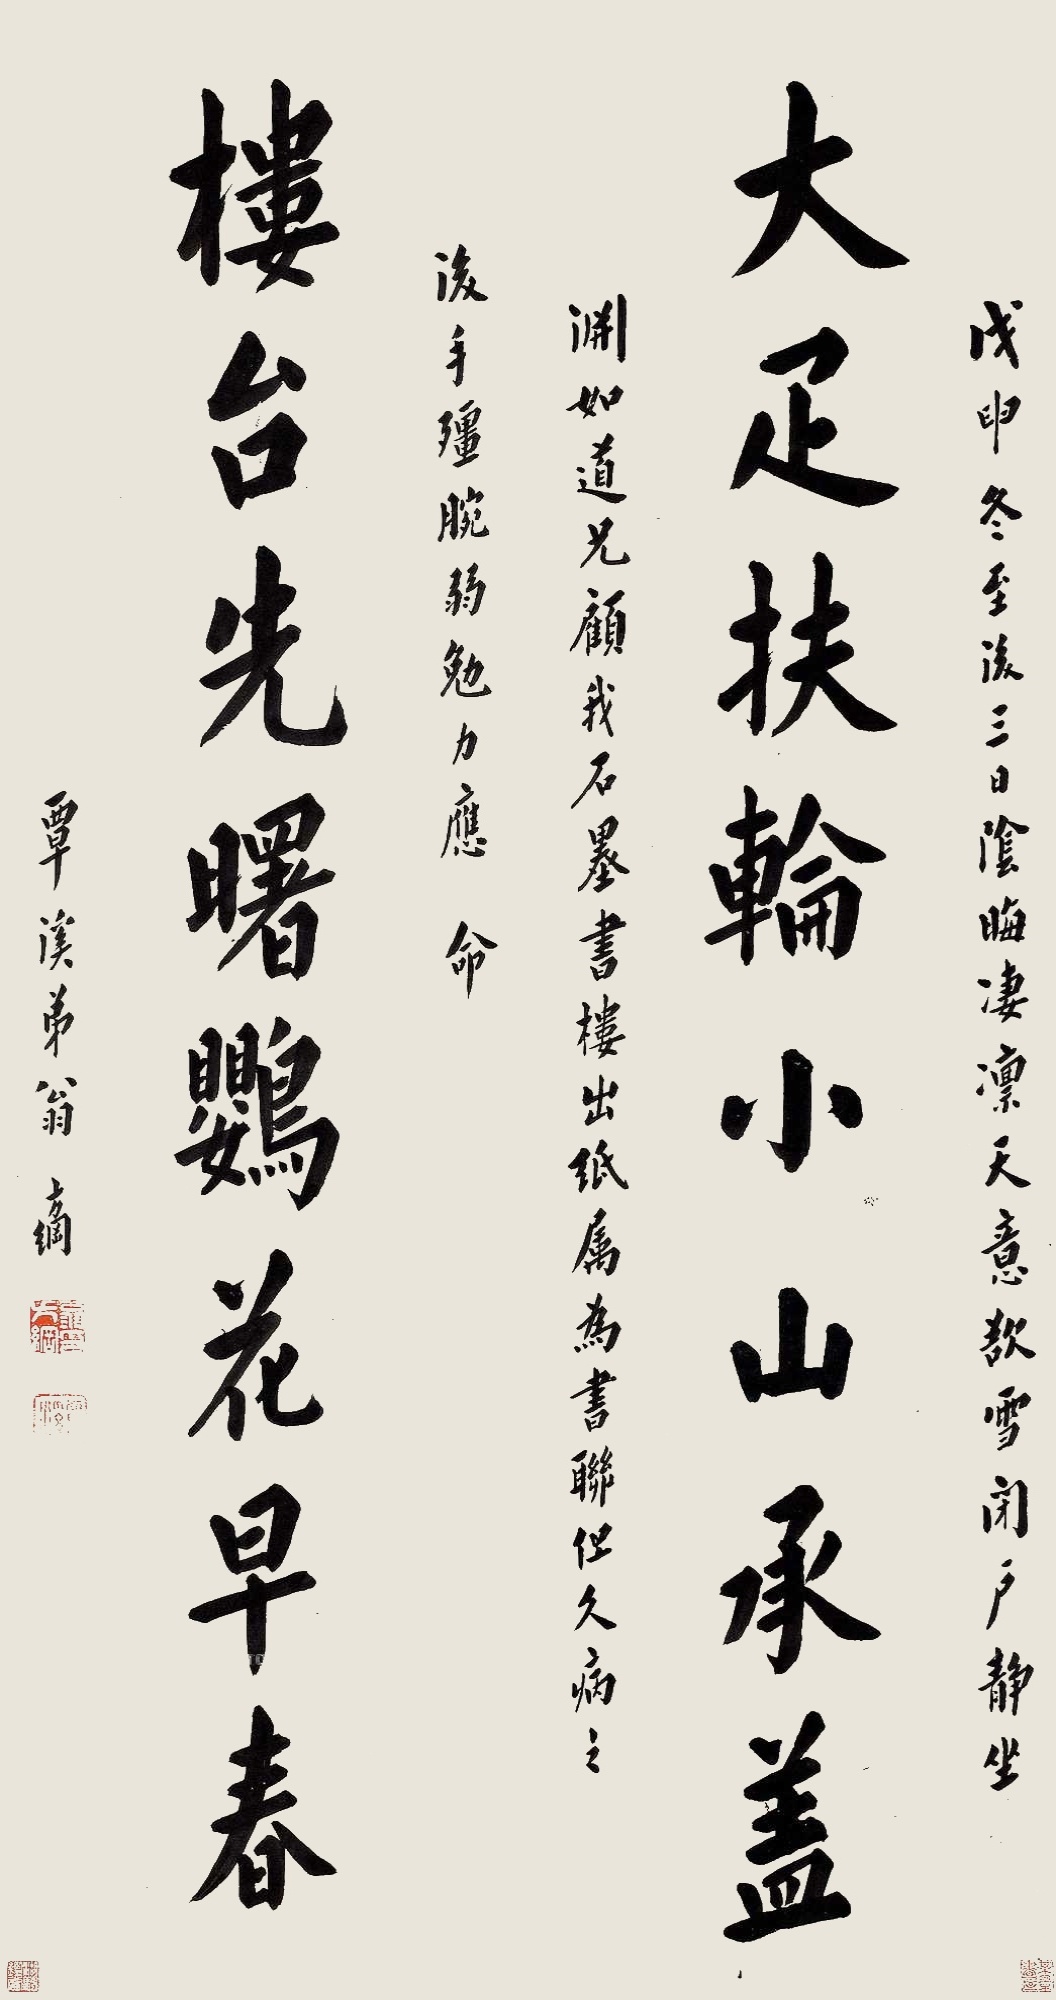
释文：大疋扶轮小山承盖，楼台先曙鹦花早春。戊申冬至后三日，阴晦凄凛，天意欲雪，闭户静坐，渊如道兄顾我石墨书楼，出纸属为书联。但久病之后，手僵腕弱，勉力应命。覃溪弟翁方纲。